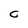
Character: C